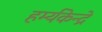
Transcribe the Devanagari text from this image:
हर्म्यकेन्द्रे